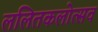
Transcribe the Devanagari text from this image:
ललितकलोत्सव